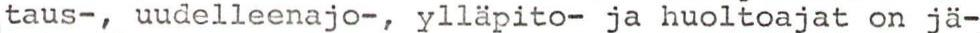
taus-, uudelleenajo-, ylläpito- ja huoltoajat on jä-